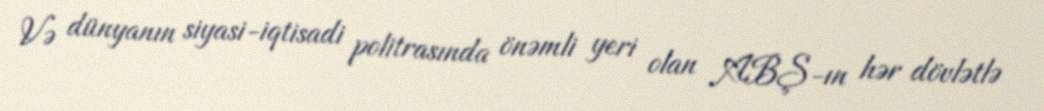
Və dünyanın siyasi-iqtisadi politrasında önəmli yeri olan ABŞ-ın hər dövlətlə